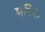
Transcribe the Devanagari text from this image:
मल्लि